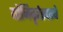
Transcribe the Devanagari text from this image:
योनिबृर्हस्पतये